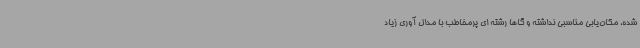
شده، مکان‌یابی مناسبی نداشته و گاها رشته ای پرمخاطب با مدال آوری زیاد